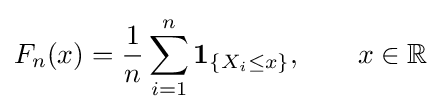
F_{n}(x)={\frac {1}{n}}\sum _{i=1}^{n}\mathbf {1} _{\{X_{i}\leq x\}},\qquad x\in \mathbb {R}